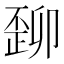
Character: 𬆆